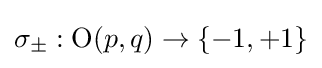
\sigma _{\pm }:\operatorname {O} (p,q)\to \{-1,+1\}